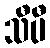
သီပီ